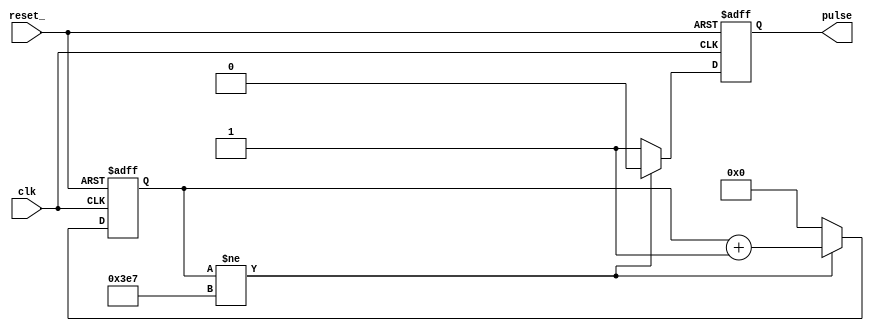
`timescale 1ms / 1us  

module pulse_gen(pulse, clk, reset_);
    input clk, reset_;
    output pulse;
    
    reg pulse;
    reg [9:0] count;
    
    always@(posedge clk or negedge reset_) begin
        if(!reset_) begin
            count = 0;
            pulse = 0;
        end
        else begin
            if(count != 10'b1111100111) begin
                count = count + 1;
                pulse = 0;
            end
            else begin
                count = 0;
                pulse = 1;
            end            
        end
    end    
endmodule

module tb_pulse_gen();
   reg clk, reset_;
   wire pulse; 

   pulse_gen PG(pulse, clk, reset_);
   
   initial begin
       clk = 0;
       reset_ = 1;
       #6;
       reset_ = 0;
       #5;
       reset_ = 1;
   end
   always # 0.5 clk=~clk;
endmodule